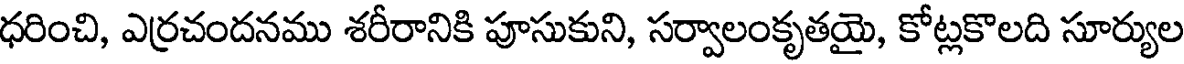
ధరించి, ఎర్రచందనము శరీరానికి పూసుకుని, సర్వాలంకృతయై, కోట్లకొలది సూర్యుల